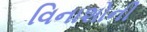
વિનાશોની